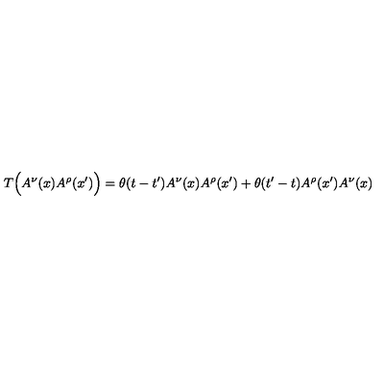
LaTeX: T \Bigl ( A ^ { \nu } ( x ) A ^ { \rho } ( x ^ { \prime } ) \Bigr ) = \theta ( t - t ^ { \prime } ) A ^ { \nu } ( x ) A ^ { \rho } ( x ^ { \prime } ) + \theta ( t ^ { \prime } - t ) A ^ { \rho } ( x ^ { \prime } ) A ^ { \nu } ( x )